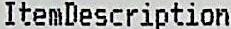
ITEMDESCRIPTION